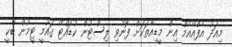
މިއަދު އެފްއޭއެމް އިން މީޑިއާތަކަށް ފޮނުވި ލިސްޓުން ކުޑައްޓޭ ގައުމީ ޓީމުން ބާކީ